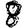
Digit: 8